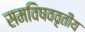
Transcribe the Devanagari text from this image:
समविषववृतीय